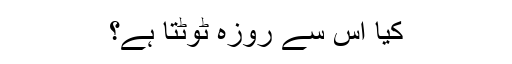
کیا اس سے روزہ ٹوٹتا ہے؟